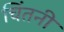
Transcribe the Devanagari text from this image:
चिंतनी